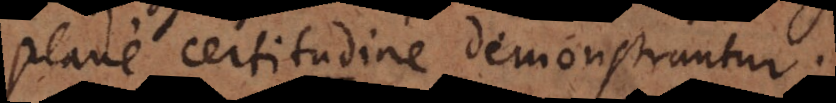
plane certitudine demonstrantur.